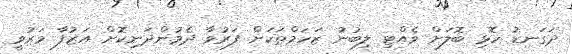
ދަގަނޑު ހޮޅި ބޮލަށް ވެއްޓި ލިބުނު ޒަހަމްތަކަށް ފަރުވާ ދެމުންދަނިކޮށް އަޒުފާ މަރުވީ